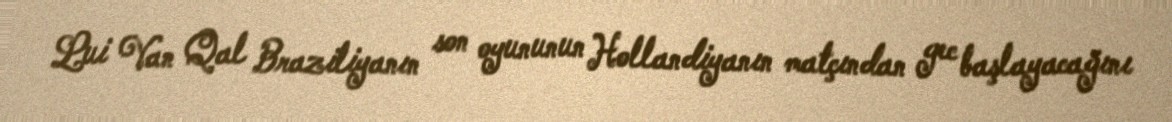
Lui Van Qal Braziliyanın son oyununun Hollandiyanın matçından gec başlayacağını